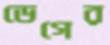
ডেগের